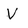
Character: V